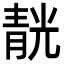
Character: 靗